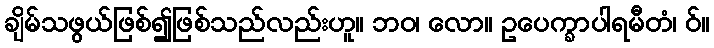
ချိမ်သဖွယ်ဖြစ်၍ဖြစ်သည်လည်းဟူ။ ဘဝ၊ လော။ ဥပေက္ခာပါရမီတံ၊ ဝ်။